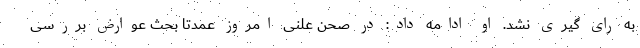
به رای گیری نشد. او ادامه داد: در صحن علنی امروز عمدتا بحث عوارض بررسی